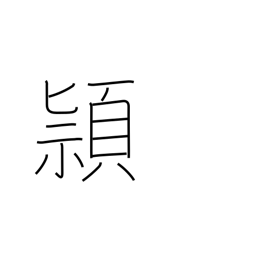
Meaning: cleverness